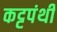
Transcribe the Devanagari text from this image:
कट्टपंथी